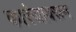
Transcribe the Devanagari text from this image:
कारंजावरून